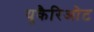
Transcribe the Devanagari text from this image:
यूकैरिओट